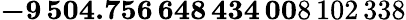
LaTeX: \mathbf{-9\, 504.756\, 648\, 434\, 00}8\, 102\, 338